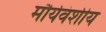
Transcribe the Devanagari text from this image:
मौर्यवंशीय